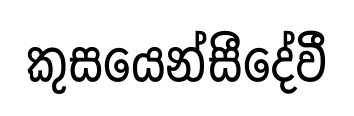
කුසයෙන්සීදේවී